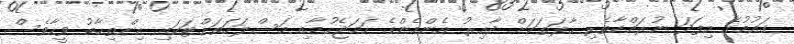
ގައުމުގެ މިފަދަ ނުރައްކާތެރި ހާލަތަކަށް ދާއިރު އެންމެންގެ ހަމަޖެހުމާއި މަސްލަހަތަށްޓަކައި އިންތިހާބު ވީހާވެސް